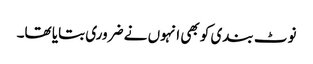
نوٹ بندی کو بھی انہوں نے ضروری بتایا تھا۔